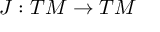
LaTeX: J : T M \rightarrow T M